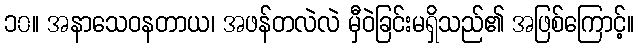
၁၀။ အနာသေဝနတာယ၊ အဖန်တလဲလဲ မှီဝဲခြင်းမရှိသည်၏ အဖြစ်ကြောင့်။